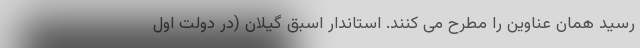
رسید همان عناوین را مطرح می کنند. استاندار اسبق گیلان (در دولت اول